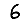
Digit: 6